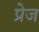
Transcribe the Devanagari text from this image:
प्रेज